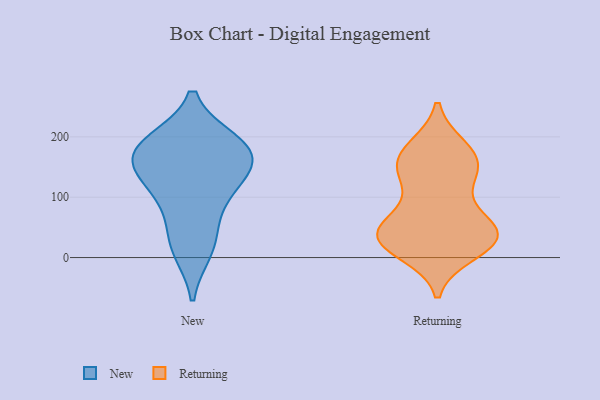
{"axis": {"x": "Satisfaction Score", "y": "Value"}, "legend": ["New", "Returning"], "data": [{"x": "", "y": 148, "type": "New"}, {"x": "", "y": 182, "type": "New"}, {"x": "", "y": 31, "type": "New"}, {"x": "", "y": 149, "type": "New"}, {"x": "", "y": 183, "type": "New"}, {"x": "", "y": 14, "type": "New"}, {"x": "", "y": 172, "type": "New"}, {"x": "", "y": 113, "type": "New"}, {"x": "", "y": 190, "type": "New"}, {"x": "", "y": 93, "type": "New"}, {"x": "", "y": 180, "type": "Returning"}, {"x": "", "y": 168, "type": "Returning"}, {"x": "", "y": 46, "type": "Returning"}, {"x": "", "y": 144, "type": "Returning"}, {"x": "", "y": 44, "type": "Returning"}, {"x": "", "y": 101, "type": "Returning"}, {"x": "", "y": 43, "type": "Returning"}, {"x": "", "y": 51, "type": "Returning"}, {"x": "", "y": 138, "type": "Returning"}, {"x": "", "y": 30, "type": "Returning"}, {"x": "", "y": 10, "type": "Returning"}, {"x": "", "y": 34, "type": "Returning"}, {"x": "", "y": 27, "type": "Returning"}, {"x": "", "y": 26, "type": "Returning"}, {"x": "", "y": 151, "type": "Returning"}, {"x": "", "y": 173, "type": "Returning"}]}